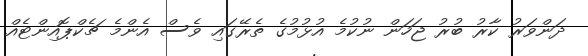
ދަންވަރު ކާރު ބުރު ޖަހަން ނުކުމެ އުޅުމުގެ ތެރޭގައި ވެސް އެންމެ ޗެކްޕޮއިންޓެއް